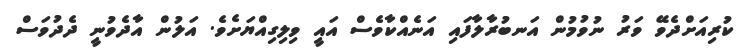
ކުރިއަށްދެވޭ ވަރު ނުވުމުން އަނބުރާލާފައި އަނެއްކާވެސް އައީ ވިލިގިއްޔަށެވެ. އަލުން އާދެވުނީ ދެދުވަސް